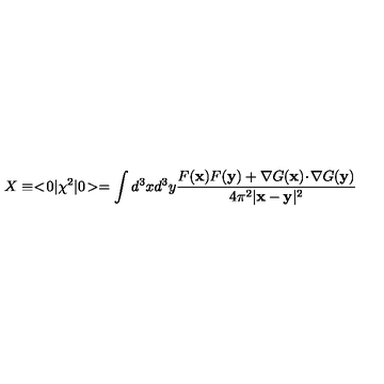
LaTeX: X \equiv < \! 0 | \chi ^ { 2 } | 0 \! > = \int d ^ { 3 } x d ^ { 3 } y { \frac { F ( \mathbf { x } ) F ( \mathbf { y } ) + \mathbf { \nabla } G ( \mathbf { x } ) \! \cdot \! \mathbf { \nabla } G ( \mathbf { y } ) } { 4 \pi ^ { 2 } | \mathbf { x } - \mathbf { y } | ^ { 2 } } }